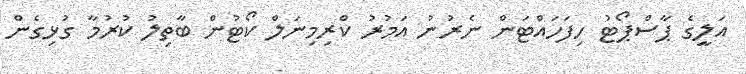
އަލީގެ ޕާސްޕޯޓު ހިފަހައްޓަން ނެރުނު އަމުރު ކްރިމިނަލް ކޯޓުން ބާތިލު ކުރުމާ ގުޅިގެން